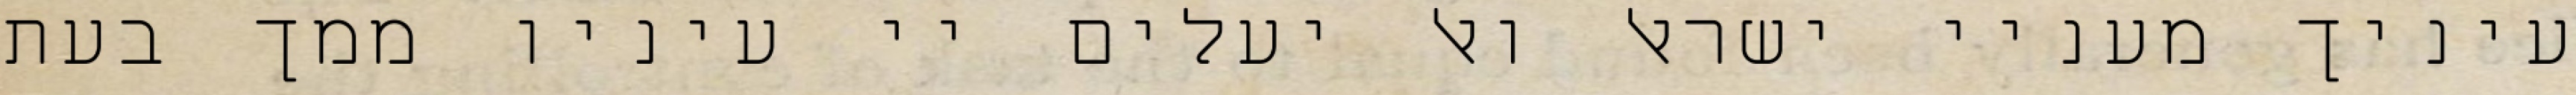
עיניך מעניי ישראל ואל יעלים יי עיניו ממך בעת